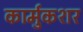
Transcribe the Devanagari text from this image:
कार्मुकशर